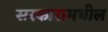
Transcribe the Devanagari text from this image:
सरकारामधील